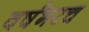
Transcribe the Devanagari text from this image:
वर्षभरच